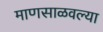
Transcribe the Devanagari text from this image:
माणसाळवल्या